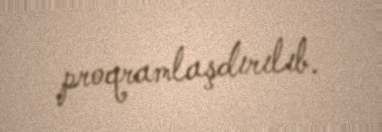
proqramlaşdırılıb.